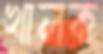
খালক